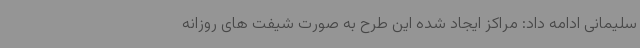
سلیمانی ادامه داد: مراکز ایجاد شده این طرح به صورت شیفت های روزانه